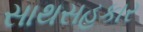
સાથસહકાર